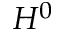
H ^ { 0 }